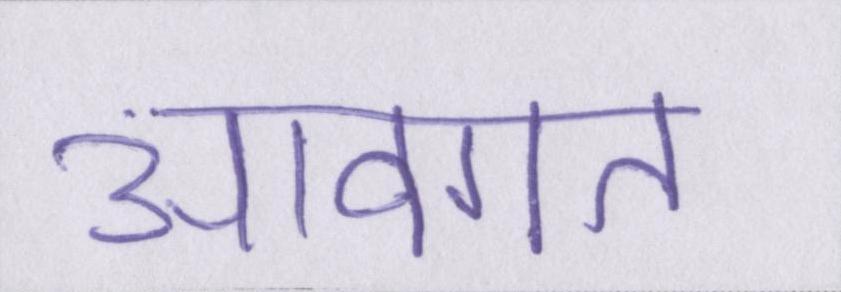
आवगत